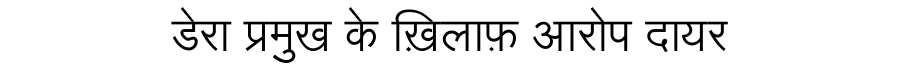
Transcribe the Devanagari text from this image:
डेरा प्रमुख के ख़िलाफ़ आरोप दायर